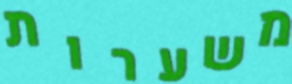
משערות